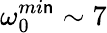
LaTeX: \omega_{0}^{mi\mathsf{n}}\sim7